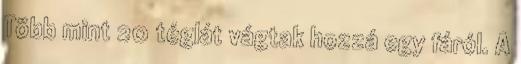
Több mint 20 téglát vágtak hozzá egy fáról. A